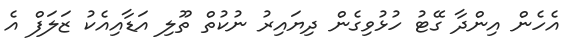
އެހެން އިންދާ ގޭޓު ހުޅުވިގެން ދިޔައިރު ނުކުތް ތޫލި އަޑާއިއެކު ޒަލަފް އެ